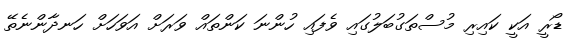
ޑޯރީ އަކީ ކައިރި މުސްތަގުބަލުގައި ވެފައި ހުންނަ ކަންތައް ވަރަށް އަވަހަށް ހަނދާންނެތޭ